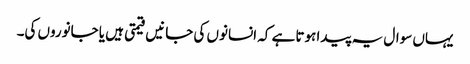
یہاں سوال یہ پیدا ہوتا ہے کہ انسانوں کی جانیں قیمتی ہیں یا جانوروں کی۔